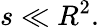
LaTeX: s\ll R^{2}.